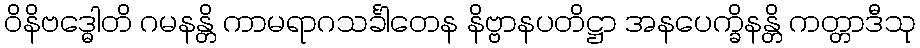
ဝိနိဗဒ္ဓေါတိ ဂမနန္တိ ကာမရာဂသင်္ခါတေန နိဗ္ဗာနပတိဋ္ဌာ အနပေက္ခိနန္တိ ကတ္တာဒီသု